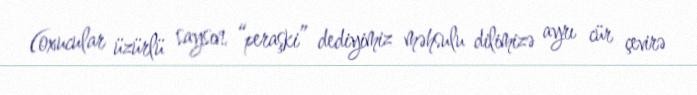
(oxucular üzürlü saysın, “peraşki” dediyimiz məhsulu dilimizə ayrı cür çevirə